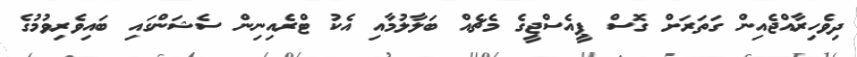
ދިވެހިރާއްޖެއިން ގަތަރަށް ގޮސް ޕީއެސްޖީގެ މެޗެއް ބަލާލުމާއި އެކު ޓްރެއިނިން ސެޝަންގައި ބައިވެރިވުމުގެ